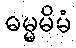
ဓမ္မမိမံ